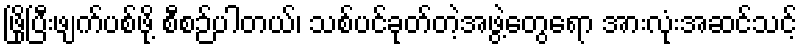
ဖြိုပြီးဖျက်ပစ်ဖို့ စီစဉ်ပါတယ်၊ သစ်ပင်ခုတ်တဲ့အဖွဲ့တွေရော အားလုံးအဆင်သင့်